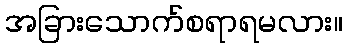
အခြားသောက်စရာရမလား။